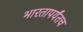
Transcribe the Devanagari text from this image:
भारतापर्यंतच